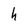
Character: h